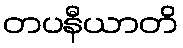
တပနီယာတိ